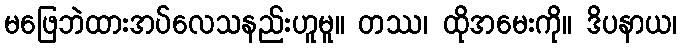
မဖြေဘဲထားအပ်လေသနည်းဟူမူ။ တဿ၊ ထိုအမေးကို။ ဒိပနာယ၊